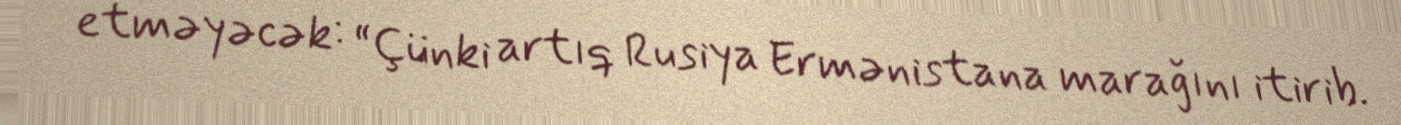
etməyəcək: “Çünki artıq Rusiya Ermənistana marağını itirib.